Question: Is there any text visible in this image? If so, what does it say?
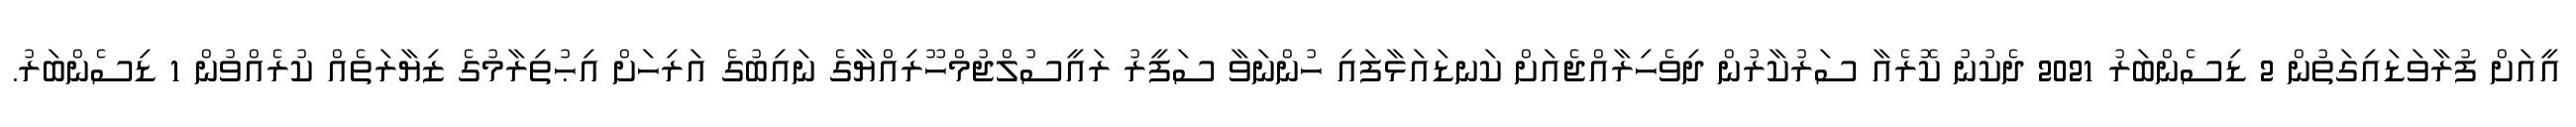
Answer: އީއަށް ފުރާވަޑައިގަތުން 2 ޑިސެންބަރު 2021 ދެކުނު ކޮރެއާ ސަރުކާރުން ދިވެހިރާއްޖެއަށް ކަނޑައަޅާފައި ހުންނަވާ ސަފީރު ރައީސުލްޖުމްހޫރިއްޔާގެ ނައިބުގެ އަރިހަށް އިޙުތިރާމުގެ ޒިޔާރަތެއް ކުރެއްވުން 1 ޑިސެންބަރު.